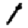
Digit: 1